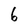
Character: 6